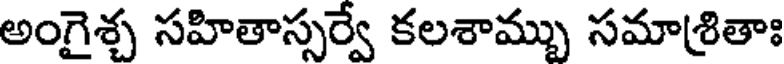
అంగైశ్చ సహితాస్సర్వే కలశామ్భు సమాశ్రితాః